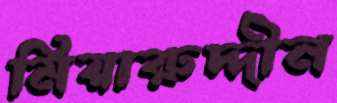
মিয়ারুদ্দীন